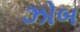
ઝોબ